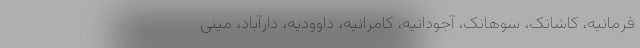
فرمانیه، کاشانک، سوهانک، آجودانیه، کامرانیه، داوودیه، دارآباد، مینی